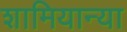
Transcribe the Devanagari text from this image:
शामियान्या